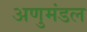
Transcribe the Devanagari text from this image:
अणुमंडल